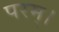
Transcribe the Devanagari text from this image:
परम्‌।